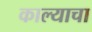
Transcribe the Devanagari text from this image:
काल्याचा